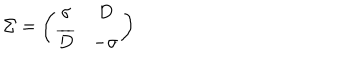
\Sigma = \left( \begin{array} { c c } { { \sigma } } & { { D } } \\ { { \overline { { D } } } } & { { - \sigma } } \\ \end{array} \right)